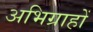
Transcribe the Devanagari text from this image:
अभिग्राहों